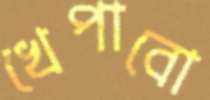
খেপাবো